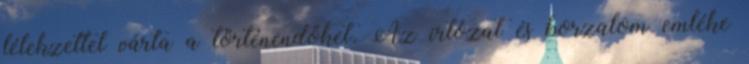
lélekzettel várta a történendőket. Az irtózat és borzalom emléke